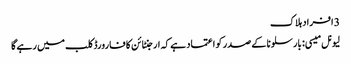
3 افراد ہلاک
لیونل میسی: بارسلونا کے صدر کو اعتماد ہے کہ ارجنٹائن کا فارورڈ کلب میں رہے گا